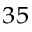
^ { 3 5 }